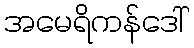
အမေရိကန်ဒေါ်